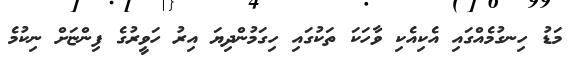
މަޑު ހިނގުމެއްގައި އެކިއެކި ވާހަކަ ތަކުގައި ހިގަމުންދިޔަ އިރު ހަވީރުގެ ފިންޏަށް ނިކުމެ